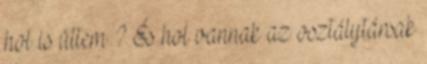
hol is ültem ? És hol vannak az osztálytársak